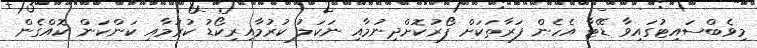
މިވެބްސައިޓުގައިވާ ޑޭޓާ އެހެން ފަރާތަކަށް ފޯރުކޮށްދިނުމާއި ނަކަލު ކުރުމާއިރިކޯޑު ކުރުމާއި ކަންކަން ކޮއްގެން